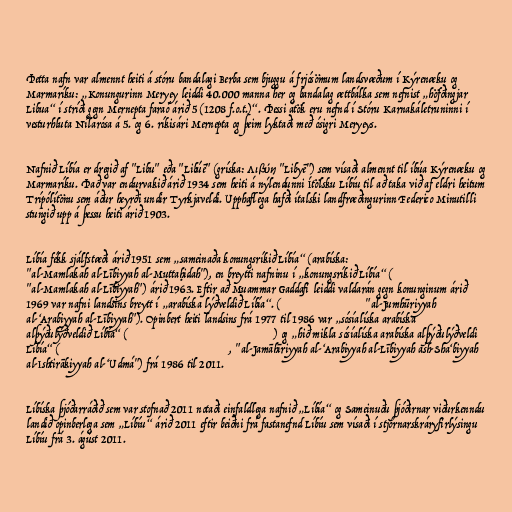
Þetta nafn var almennt heiti á stóru bandalagi Berba sem bjuggu á frjósömum landsvæðum í Kýrenæku og
Marmaríku: „Konungurinn Meryey leiddi 40.000 manna her og bandalag ættbálka sem nefnist „höfðingjar
Libua“ í stríði gegn Mernepta faraó árið 5 (1208 f.o.t.)“. Þessi átök eru nefnd í Stóru Karnakáletruninni í
vesturhluta Nílarósa á 5. og 6. ríkisári Mernepta og þeim lyktaði með ósigri Meryeys.

Nafnið Líbía er dregið af "Libu" eða "Libúē" (gríska: Λιβύη "Libyē") sem vísaði almennt til íbúa Kýrenæku og
Marmaríku. Það var endurvakið árið 1934 sem heiti á nýlendunni Ítölsku Líbíu til að taka við af eldri heitum
Trípólítönu sem áður heyrði undir Tyrkjaveldi. Upphaflega hafði ítalski landfræðingurinn Federico Minutilli
stungið upp á þessu heiti árið 1903.

Líbía fékk sjálfstæði árið 1951 sem „sameinaða konungsríkið Líbía“ (arabíska: المملكة الليبية المتحدة
"al-Mamlakah al-Lībiyyah al-Muttaḥidah"), en breytti nafninu í „konungsríkið Líbía“ (المملكة الليبية
"al-Mamlakah al-Lībiyyah") árið 1963. Eftir að Muammar Gaddafi leiddi valdarán gegn konunginum árið
1969 var nafni landsins breytt í „arabíska lýðveldið Líbía“. (الجمهورية العربية الليبية "al-Jumhūriyyah
al-‘Arabiyyah al-Lībiyyah"). Opinbert heiti landsins frá 1977 til 1986 var „sósíalíska arabíska
alþýðulýðveldið Líbía“ (الجماهيرية العربية الليبية الشعبية الاشتراكية) og „hið mikla sósíalíska arabíska alþýðulýðveldi
Líbía“ (الجماهيرية العربية الليبية الشعبية الاشتراكية العظمى, "al-Jamāhīriyyah al-‘Arabiyyah al-Lībiyyah ash-Sha‘biyyah
al-Ishtirākiyyah al-‘Udmá") frá 1986 til 2011.

Líbíska þjóðarráðið sem var stofnað 2011 notaði einfaldlega nafnið „Líbía“ og Sameinuðu þjóðirnar viðurkenndu
landið opinberlega sem „Líbíu“ árið 2011 eftir beiðni frá fastanefnd Líbíu sem vísaði í stjórnarskráryfirlýsingu
Líbíu frá 3. ágúst 2011.